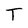
Character: T